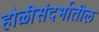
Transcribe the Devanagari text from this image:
होळीसंदर्भातील